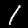
Label: 1